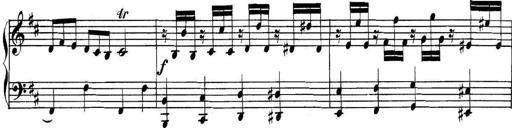
Title: Collected Piano Sonatas
Composer: Muzio Clementi